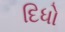
દિધો